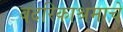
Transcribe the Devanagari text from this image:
बदरिकाश्रमाचे